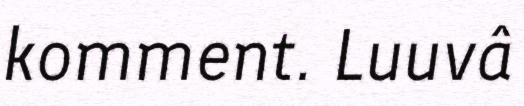
komment. Luuvâ